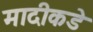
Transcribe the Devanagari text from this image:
मादीकडे